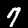
Digit: 7